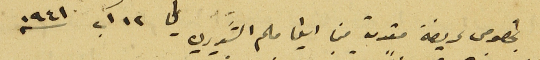
بخصوص عريضة مقدمة من ايفا ملحم الشويري في ١٢ آب سنه ١٩٤١